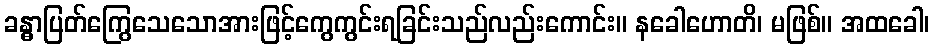
ခန္ဓာပြတ်ကြွေသေသောအားဖြင့်ကွေကွင်းရခြင်းသည်လည်းကောင်း။ နခေါဟောတိ၊ မဖြစ်။ အထခေါ၊